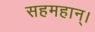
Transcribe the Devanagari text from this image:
सहमहान्।